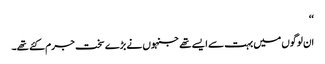
‘‘
ان لوگوں میں بہت سے ایسے تھے جنہوں نے بڑے سخت جرم کئے تھے۔